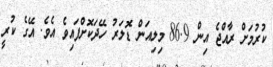
ކުރުމަށް ރާއްޖެ އިން 86.9 މިލިއަން ޑޮލަރު ހޭދަކޮށްފައިވެ އެވެ. އޭގެ ކުރީ